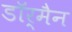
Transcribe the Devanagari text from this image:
डॉर्मैन